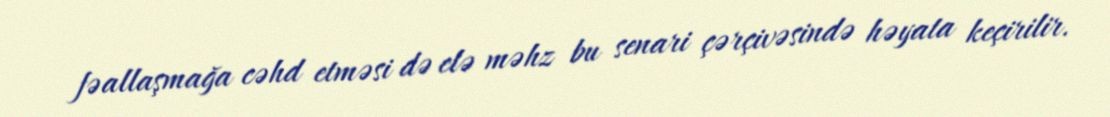
fəallaşmağa cəhd etməsi də elə məhz bu senari çərçivəsində həyata keçirilir.